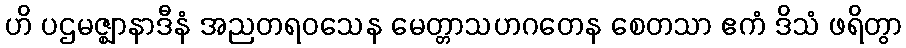
ဟိ ပဌမဇ္ဈာနာဒီနံ အညတရဝသေန မေတ္တာသဟဂတေန စေတသာ ဧကံ ဒိသံ ဖရိတွာ